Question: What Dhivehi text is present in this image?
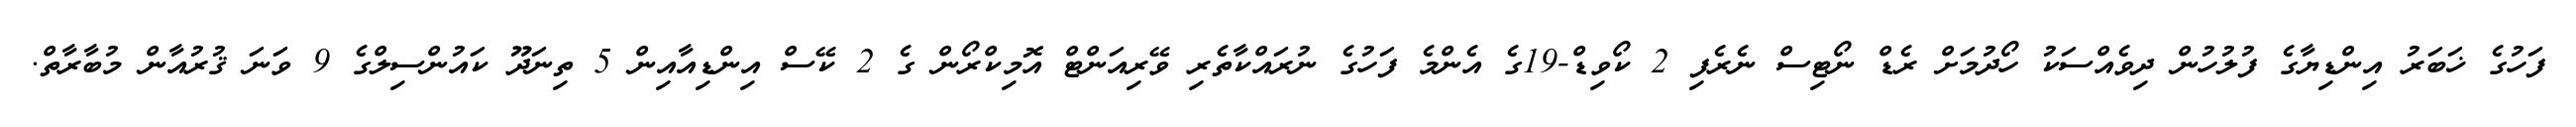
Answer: ފަހުގެ ޚަބަރު އިންޑިޔާގެ ފުލުހުން ދިވެއްސަކު ހޯދުމަށް ރެޑް ނޯޓިސް ނެރެފި 2 ކޯވިޑް-19ގެ އެންމެ ފަހުގެ ނުރައްކާތެރި ވޭރިއަންޓް އޮމިކްރޯން ގެ 2 ކޭސް އިންޑިއާއިން 5 ތިނަދޫ ކައުންސިލްގެ 9 ވަނަ ޤުރުއާން މުބާރާތް.